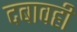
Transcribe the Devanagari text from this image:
दबावही